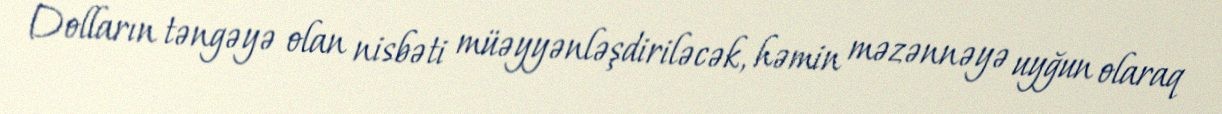
Dolların təngəyə olan nisbəti müəyyənləşdiriləcək, həmin məzənnəyə uyğun olaraq